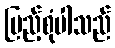
ပြည့်စုံပါသည်